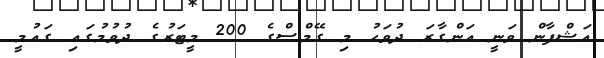
އަޝްފާން ވަނީ އަންގާރަ ދުވަހު މި ގޭމްސްގެ 200 މީޓަރުގެ ދުވުމުގައި ގައުމީ